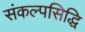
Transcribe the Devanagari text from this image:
संकल्पसिद्धि